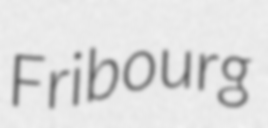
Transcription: Fribourg